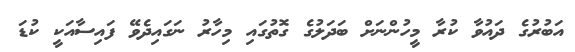
އަބުރުގެ ދައުވާ ކުރާ މީހުންނަށް ބަދަލުގެ ގޮތުގައި މިހާރު ނަގައިދެވޭ ފައިސާއަކީ ކުޑަ